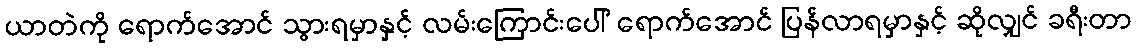
ယာတဲကို ရောက်အောင် သွားရမှာနှင့် လမ်းကြောင်းပေါ် ရောက်အောင် ပြန်လာရမှာနှင့် ဆိုလျှင် ခရီးတာ